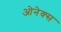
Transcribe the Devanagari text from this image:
ओनेक्स